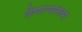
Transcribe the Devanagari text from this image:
देणाऱ्यांच्या